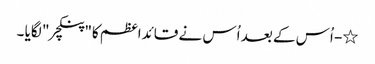
٭- اُس کے بعد اُس نے قائداعظم کا"پنکچر " لگایا ۔